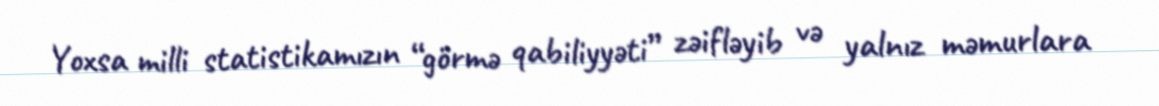
Yoxsa milli statistikamızın “görmə qabiliyyəti” zəifləyib və yalnız məmurlara